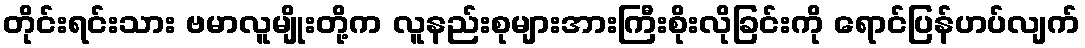
တိုင်းရင်းသား ဗမာလူမျိုးတို့က လူနည်းစုများအားကြီးစိုးလိုခြင်းကို ရောင်ပြန်ဟပ်လျက်